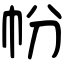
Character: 帉